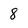
Character: 8